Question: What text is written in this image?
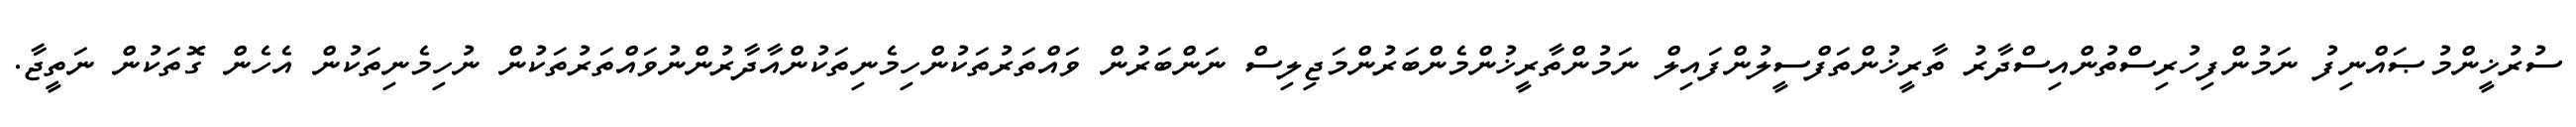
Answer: ސުރުޚީންމުޞައްނިފު ނަމުންފިހުރިސްތުންއިސްދާރު ތާރީޚުންތަފްސީލުންފައިލް ނަމުންތާރީޚުންމެންބަރުންމަޖިލިސް ނަންބަރުން ވައްތަރުތަކުންހިމެނިތަކުންއާދާރުންނުވައްތަރުތަކުން ނުހިމެނިތަކުން އެހެން ގޮތަކުން ނަތީޖާ.